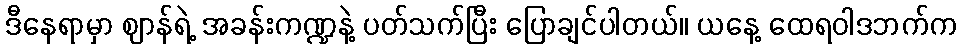
ဒီနေရာမှာ ဈာန်ရဲ့ အခန်းကဏ္ဍနဲ့ ပတ်သက်ပြီး ပြောချင်ပါတယ်။ ယနေ့ ထေရဝါဒဘက်က